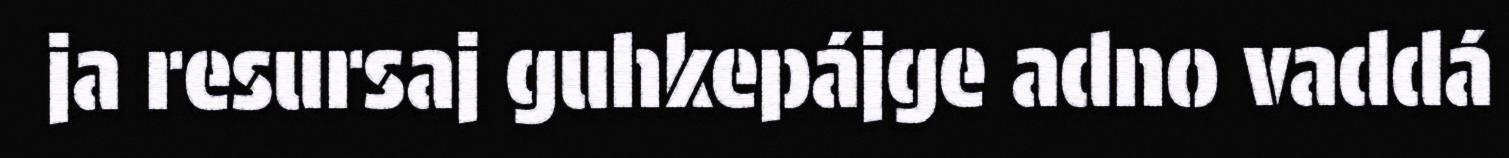
ja resursaj guhkepájge adno vaddá